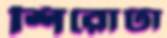
শিরোটা